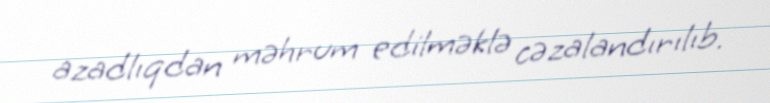
azadlıqdan məhrum edilməklə cəzalandırılıb.